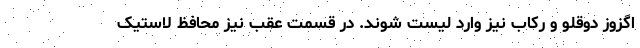
اگزوز دوقلو و رکاب نیز وارد لیست شوند. در قسمت عقب نیز محافظ لاستیک